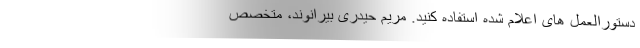
دستورالعمل های اعلام شده استفاده کنید. مریم حیدری بیرانوند، متخصص